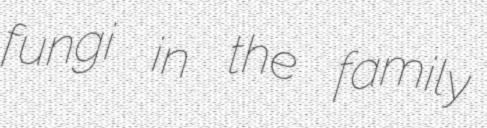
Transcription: fungi in the family